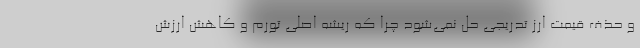
و حذف قیمت ارز تدریجی حل نمی‌شود چرا که ریشه اصلی تورم و کاهش ارزش